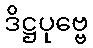
ဒိဋ္ဌပုဗ္ဗေ